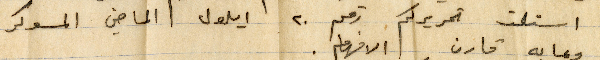
استملت تحريركم رقم ٢٠ أيلول الماضي المسوكر